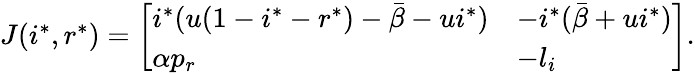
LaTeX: \begin{array}{r}{J(i^{*},r^{*})=\left[\begin{array}{ll}{i^{*}(u(1-i^{*}-r^{*})-\bar{\beta}-ui^{*})}&{-i^{*}(\bar{\beta}+ui^{*})}\\ {\alpha p_{r}}&{-l_{i}}\end{array}\right].}\end{array}